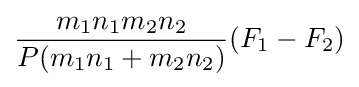
{\frac {m_{1}n_{1}m_{2}n_{2}}{P(m_{1}n_{1}+m_{2}n_{2})}}(F_{1}-F_{2})